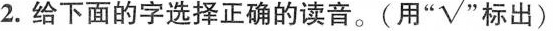
2.给下面的字选择正确的读音。(用”√”标出)